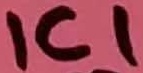
Text: ICI